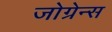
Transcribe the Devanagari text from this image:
जोग्रेन्स